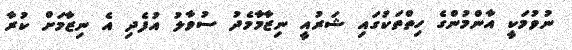
ނުވުމަކީ އާންމުންގެ ހިތްތަކުގައި ޝަރުއީ ނިޒާމާމެދު ސުވާލު އުފެދި އެ ނިޒާމަށް ކުރާ